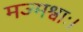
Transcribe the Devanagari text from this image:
मज्मश्वाः।